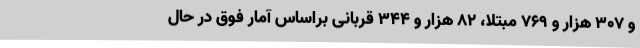
و ۳۰۷ هزار و ۷۶۹ مبتلا، ۸۲ هزار و ۳۴۴ قربانی براساس آمار فوق در حال